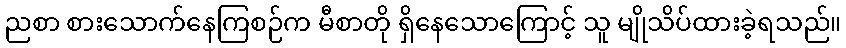
ညစာ စားသောက်နေကြစဉ်က မီစာတို ရှိနေသောကြောင့် သူ မျိုသိပ်ထားခဲ့ရသည်။